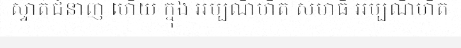
ស្ទាត់ជំនាញ ហើយ ក្នុង អប្បណិហិត សមាធិ អប្បណិហិត